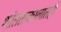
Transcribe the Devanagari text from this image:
शांतताकालातही